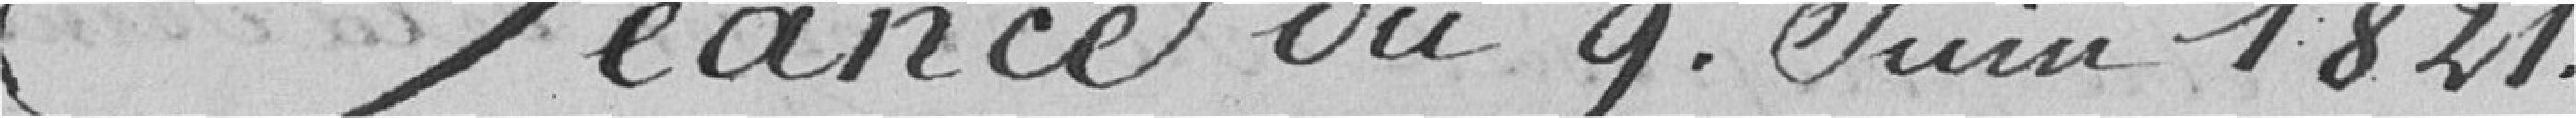
Séance du 9 juin 1821